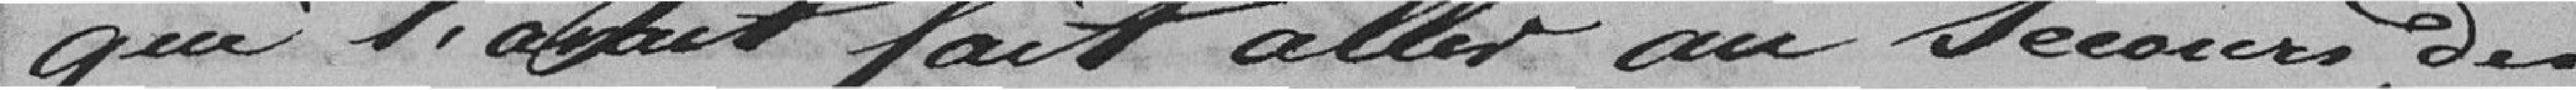
qui l'avait fait aller au secours des